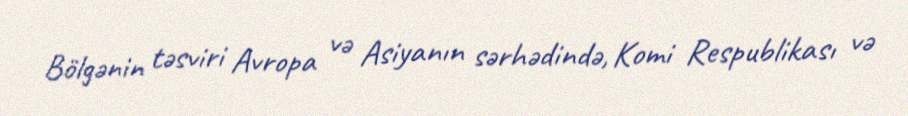
Bölgənin təsviri Avropa və Asiyanın sərhədində, Komi Respublikası və